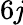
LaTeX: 6\mathit{j}